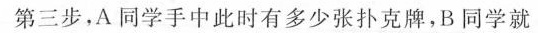
第三步，A同学手中此时有多少张扑克牌，B同学就